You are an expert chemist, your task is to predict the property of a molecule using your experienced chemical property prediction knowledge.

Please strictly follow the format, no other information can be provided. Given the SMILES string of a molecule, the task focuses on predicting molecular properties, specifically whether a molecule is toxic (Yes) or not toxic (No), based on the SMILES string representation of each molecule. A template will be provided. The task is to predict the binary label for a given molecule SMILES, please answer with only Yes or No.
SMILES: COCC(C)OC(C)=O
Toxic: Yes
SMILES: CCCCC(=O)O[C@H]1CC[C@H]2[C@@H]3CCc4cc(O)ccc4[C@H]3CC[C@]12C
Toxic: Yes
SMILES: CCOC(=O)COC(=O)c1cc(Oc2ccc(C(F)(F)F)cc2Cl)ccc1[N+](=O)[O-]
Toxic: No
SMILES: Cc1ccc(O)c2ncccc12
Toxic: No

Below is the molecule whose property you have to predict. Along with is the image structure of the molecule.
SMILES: CCO[Si](CCCS)(OCC)OCC
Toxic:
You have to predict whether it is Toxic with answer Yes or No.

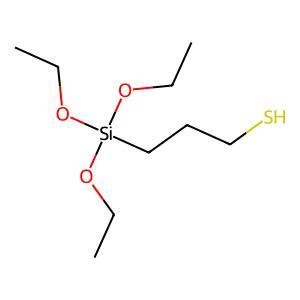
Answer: No